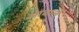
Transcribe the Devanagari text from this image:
आवाले